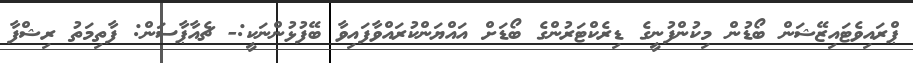
ޕްރައިވެޓައިޒޭޝަން ބޯޑުން މިކުންފުނީގެ ޑިރެކްޓަރުންގެ ބޯޑަށް އައްޔަންކުރައްވާފައިވާ ބޭފުޅުންނަކީ:- ޗެއާޕާސަން: ފާތިމަތު ރިޝްފާ